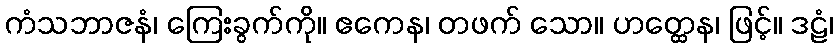
ကံသဘာဇနံ၊ ကြေးခွက်ကို။ ဧကေန၊ တဖက် သော။ ဟတ္ထေန၊ ဖြင့်။ ဒဠံ၊